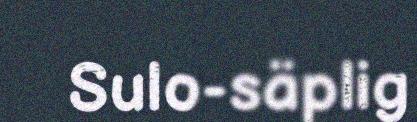
Sulo-säplig